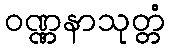
ဝဏ္ဏနာသုတ္တံ